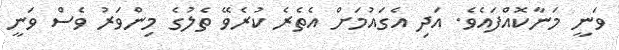
ވަނީ މަނާކޮއްފައެވެ. އަދި އެގައުމަށް އެތެރެ ކުރެވޭ ތެލުގެ މިންވަރު ވެސް ވަނީ